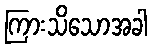
ကြားသိသောအခါ